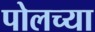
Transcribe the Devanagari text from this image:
पोलच्या